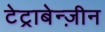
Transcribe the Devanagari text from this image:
टेट्राबेन्ज़ीन